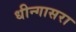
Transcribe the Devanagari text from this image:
धीन्गासरा